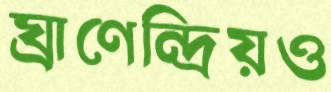
ঘ্রাণেন্দ্রিয়ও